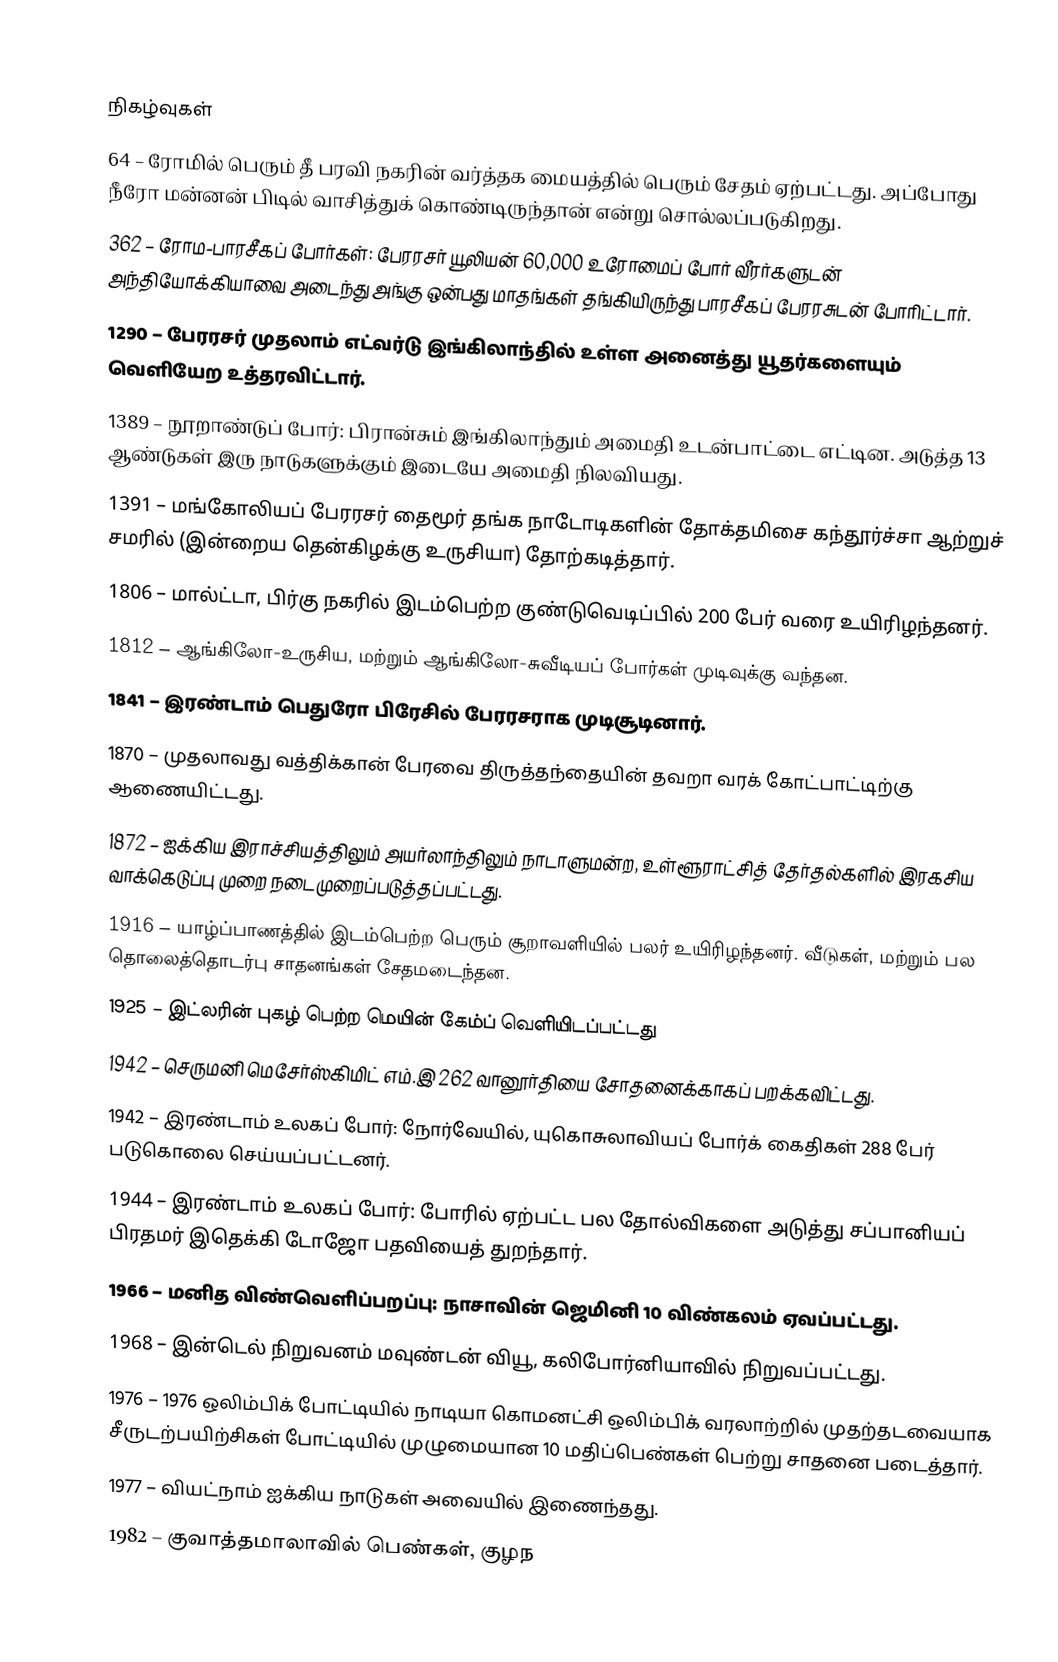

நிகழ்வுகள்
64 – ரோமில் பெரும் தீ பரவி நகரின் வர்த்தக மையத்தில் பெரும் சேதம் ஏற்பட்டது. அப்போது நீரோ மன்னன் பிடில் வாசித்துக் கொண்டிருந்தான் என்று சொல்லப்படுகிறது.
362 – ரோம-பாரசீகப் போர்கள்: பேரரசர் யூலியன் 60,000 உரோமைப் போர் வீரர்களுடன் அந்தியோக்கியாவை அடைந்து அங்கு ஒன்பது மாதங்கள் தங்கியிருந்து பாரசீகப் பேரரசுடன் போரிட்டார்.
1290 – பேரரசர் முதலாம் எட்வர்டு இங்கிலாந்தில் உள்ள அனைத்து யூதர்களையும் வெளியேற உத்தரவிட்டார்.
1389 – நூறாண்டுப் போர்: பிரான்சும் இங்கிலாந்தும் அமைதி உடன்பாட்டை எட்டின. அடுத்த 13 ஆண்டுகள் இரு நாடுகளுக்கும் இடையே அமைதி நிலவியது.
1391 – மங்கோலியப் பேரரசர் தைமூர் தங்க நாடோடிகளின் தோக்தமிசை கந்தூர்ச்சா ஆற்றுச் சமரில் (இன்றைய தென்கிழக்கு உருசியா) தோற்கடித்தார்.
1806 – மால்ட்டா, பிர்கு நகரில் இடம்பெற்ற குண்டுவெடிப்பில் 200 பேர் வரை உயிரிழந்தனர்.
1812 – ஆங்கிலோ-உருசிய, மற்றும் ஆங்கிலோ-சுவீடியப் போர்கள் முடிவுக்கு வந்தன.
1841 – இரண்டாம் பெதுரோ பிரேசில் பேரரசராக முடிசூடினார்.
1870 – முதலாவது வத்திக்கான் பேரவை திருத்தந்தையின் தவறா வரக் கோட்பாட்டிற்கு ஆணையிட்டது.
1872 – ஐக்கிய இராச்சியத்திலும் அயர்லாந்திலும் நாடாளுமன்ற, உள்ளூராட்சித் தேர்தல்களில் இரகசிய வாக்கெடுப்பு முறை நடைமுறைப்படுத்தப்பட்டது.
1916 – யாழ்ப்பாணத்தில் இடம்பெற்ற பெரும் சூறாவளியில் பலர் உயிரிழந்தனர். வீடுகள், மற்றும் பல தொலைத்தொடர்பு சாதனங்கள் சேதமடைந்தன.
1925 – இட்லரின் புகழ் பெற்ற மெயின் கேம்ப் வெளியிடப்பட்டது
 1942 – செருமனி மெசேர்ஸ்கிமிட் எம்.இ 262 வானூர்தியை சோதனைக்காகப் பறக்கவிட்டது.
1942 – இரண்டாம் உலகப் போர்: நோர்வேயில், யுகொசுலாவியப் போர்க் கைதிகள் 288 பேர் படுகொலை செய்யப்பட்டனர்.
1944 – இரண்டாம் உலகப் போர்: போரில் ஏற்பட்ட பல தோல்விகளை அடுத்து சப்பானியப் பிரதமர் இதெக்கி டோஜோ பதவியைத் துறந்தார்.
1966 – மனித விண்வெளிப்பறப்பு: நாசாவின் ஜெமினி 10 விண்கலம் ஏவப்பட்டது.
1968 – இன்டெல் நிறுவனம் மவுண்டன் வியூ, கலிபோர்னியாவில் நிறுவப்பட்டது.
1976 – 1976 ஒலிம்பிக் போட்டியில் நாடியா கொமனட்சி ஒலிம்பிக் வரலாற்றில் முதற்தடவையாக சீருடற்பயிற்சிகள் போட்டியில் முழுமையான 10 மதிப்பெண்கள் பெற்று சாதனை படைத்தார்.
1977 – வியட்நாம் ஐக்கிய நாடுகள் அவையில் இணைந்தது.
1982 – குவாத்தமாலாவில் பெண்கள், குழந